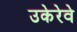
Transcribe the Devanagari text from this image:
उकेरेवे